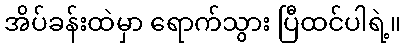
အိပ်ခန်းထဲမှာ ရောက်သွား ပြီထင်ပါရဲ့။